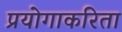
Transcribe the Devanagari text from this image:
प्रयोगाकरिता